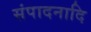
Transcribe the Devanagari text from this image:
संपादनादि